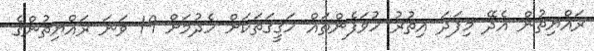
ރައްޔިތުން އެދޭ މިފަދަ އިތުރު ހުވަފެންތައް ހަގީގަތަކަށް ހެދުމަށް 19 ވަނަ ރައްޔިތުންގެ